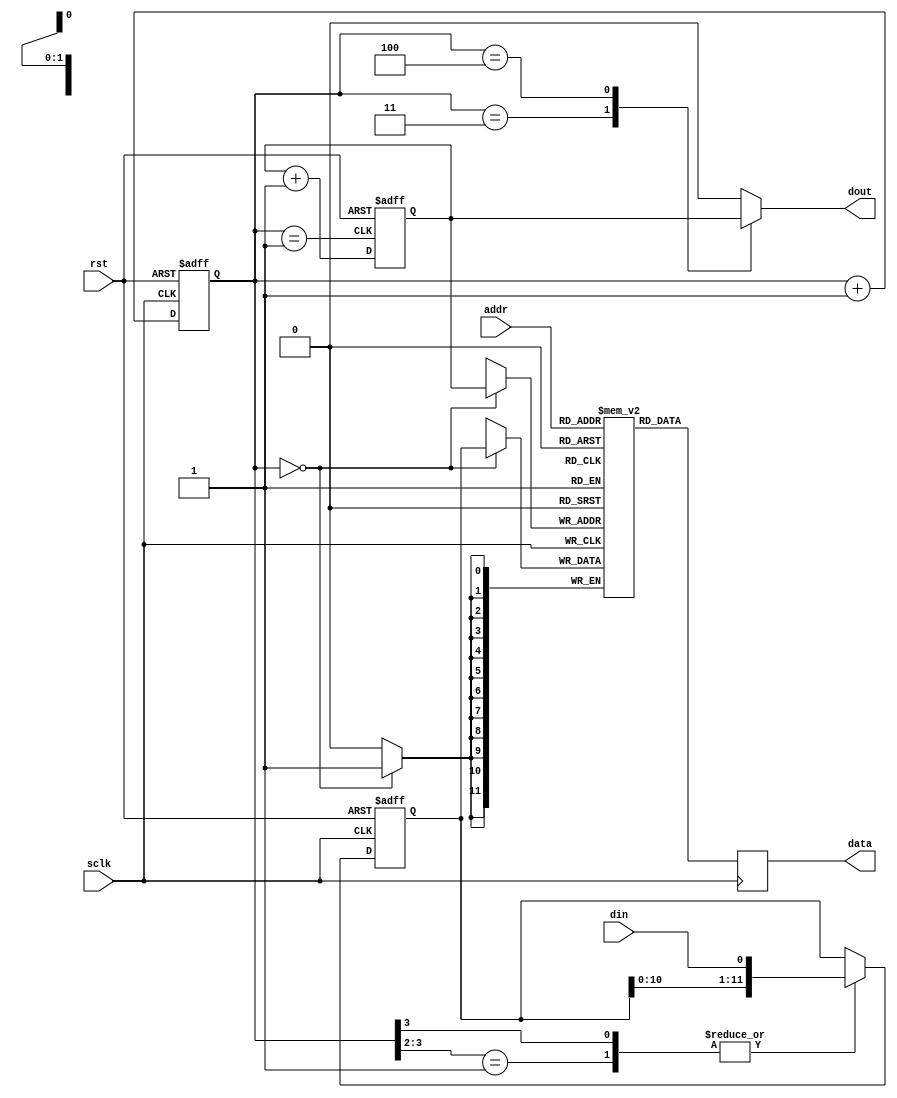
/**
 * This ADC interface provides an serial to parallel interface for
 * a ADC chip. 
 * After reset the interface just loops collecting 1 reading from the
 * ADC chip every 16 sclk cycles and stores them into its internal memory
 * at one of 4 address spaces.  The data will be refreshed every 4x16 (64 cycles)
 * So a consumer should be setup to read the data before its gone. 
 */
module adc_interface  (
  addr, data,
  din, dout,
  sclk, rst);

input [1:0]    addr;
output [11:0]  data;
input          sclk;
input          rst;
input          din;
output         dout;
      
reg [11:0]    data;
reg           dout;

reg [3:0]     sclk_count;
reg [1:0]     dout_addr; // We only want to select 4 of the 8 analog ports
wire          addr_inc;
reg  [11:0]   din_ff;
reg  [11:0]   data_ram [0:2];

assign addr_inc = (sclk_count == 4'b0001);

/* Handle clock counting */
always @ (posedge sclk or posedge rst)
  if (rst) 
    sclk_count <= 4'b0000;
  else
    sclk_count <= sclk_count + 1'b1;

/* Handle address incrementing to cycle through reading
   bytes from the ADC device input pins */
always @ (posedge addr_inc or posedge rst)
  if (rst) 
    dout_addr <= 2'b00;
  else
    dout_addr <= dout_addr + 1'b1;
    
/* Serial DOUT, based on sclk count, send the current address bit MSB first. 
 * Note: since we are only selecting 4 Analog ports we just have 2 bits to send
 * during the 2nd clock cycle we went a zero by defualt. 
 */
always @ (*)
  case (sclk_count)
    4'd3: dout = dout_addr[1];
    4'd4: dout = dout_addr[0];
    default: dout = 1'b0;
  endcase
     
/* DeSerialize DIN, use a shift register to move DIN into a 12 bit register during
 * clock cycles 4 -> 15
 */
always @ (posedge sclk or posedge rst)
  if (rst)
      din_ff <= 12'd0;
  else
    casez (sclk_count)
      4'b01??, 4'b1???: din_ff <= {din_ff[10:0],din};
    endcase
     
/* Return static ram on read interface
 * Write shift register to static ram on first clock
 */ 
always @ (negedge sclk) begin
  if (sclk_count == 4'b0000) begin
     data_ram[dout_addr] <= din_ff;
  end
  data <= data_ram[addr];
end

endmodule